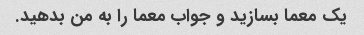
یک معما بسازید و جواب معما را به من بدهید.